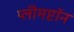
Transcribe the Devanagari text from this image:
प्लीमप्टॉन